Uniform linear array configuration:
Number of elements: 32
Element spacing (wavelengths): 0.5
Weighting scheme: exponential
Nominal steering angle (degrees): -60
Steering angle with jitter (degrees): -60.967
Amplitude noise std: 0.05
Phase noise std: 0.05

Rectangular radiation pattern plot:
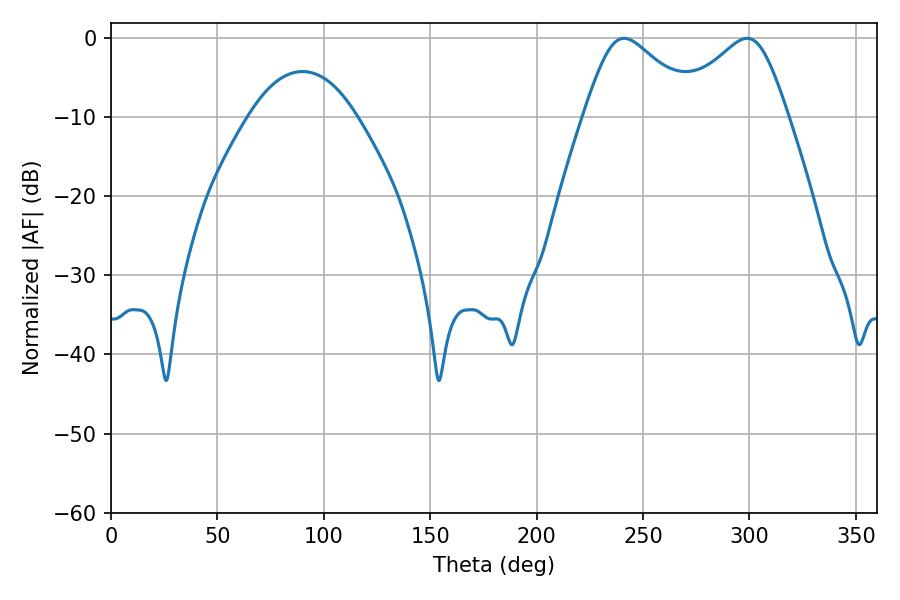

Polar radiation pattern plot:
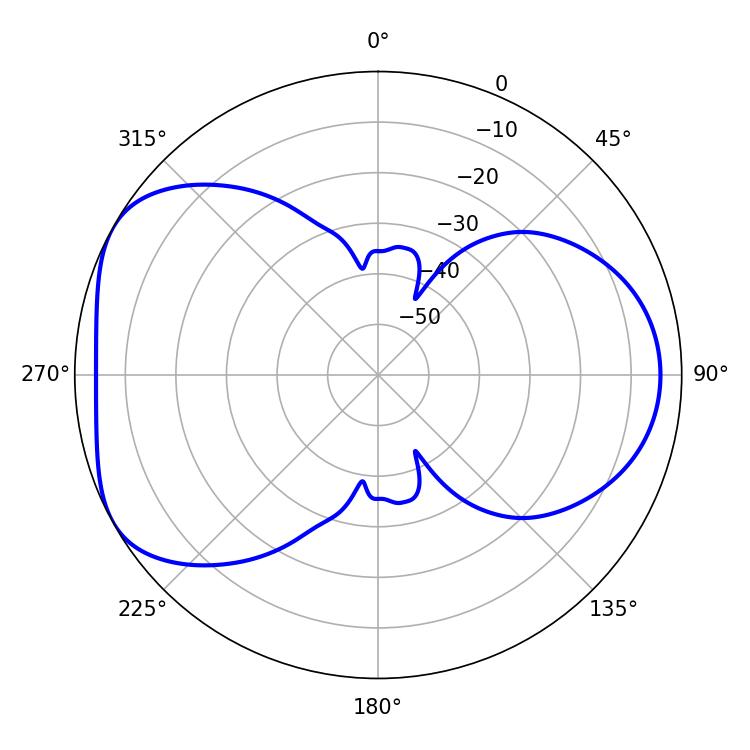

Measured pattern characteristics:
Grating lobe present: FALSE
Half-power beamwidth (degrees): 26.64
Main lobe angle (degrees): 241.02